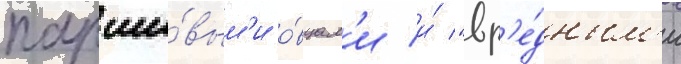
парши́вым'и о́вцам'и и́ "вр'е́дным'и